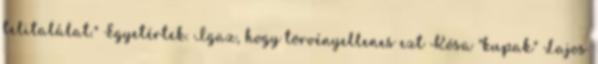
telitalálat." Egyetértek. Igaz, hogy törvényellenes ezt Kósa "kupak" Lajos